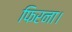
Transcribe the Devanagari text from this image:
फिरना।